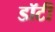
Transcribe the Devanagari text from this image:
डॉटी